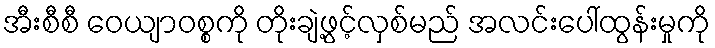
အီးစီစီ ဝေယျာဝစ္စကို တိုးချဲ့ဖွင့်လှစ်မည် အလင်းပေါ်ထွန်းမှုကို